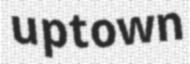
uptown